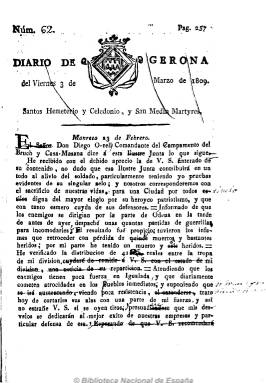
Título: Diario de Gerona
Colección: Periódicos anteriores a 1850
Ámbito geográfico: Gerona
Lugar de publicación: Gerona
Fechas: 03/03/1809-03/03/1809

Comienza a publicarse el 20 de julio de 1808, con motivo del inicio del segundo y definitivo asedio a la ciudad, y cesa el 10 de diciembre de 1809, coincidiendo con su capitulación ante las tropas napoleónicas al mando del mariscal Augereau. Mientras tanto se había convertido en un baluarte informativo dispuesto para reforzar la moral de resistencia de los gerundenses, y en un periódico de referencia por su frecuencia de aparición diaria ininterrumpida para los de otras ciudades españolas.

En números de cuatro páginas, y a veces de ocho, editó algún suplemento. En su cabecera aparece estampado el escudo de la ciudad, y tras el santoral del día, da cabida a textos sobre los avatares bélicos en los que intervienen las tropas imperiales tanto en España como en Europa, exaltando las victorias contra estos ejércitos, a veces con descripciones prolijas y relaciones estadísticas de bajas en los enfrentamientos. Publica artículos, comentarios, cartas, órdenes de la junta de defensa, avisos locales, así como composiciones en verso y extractos de otros periódicos, también de carácter patriótico y militar, abundando las concernientes al sitio de Girona y de L’Ampordà.

Su principal redactor fue el canónigo Vicenç Ximénez, acompañado también de otro canónigo, Martí Matute. Y colaboran Carlos Beramendi y Josep Ribas Simón. Destaca la falta de pie de imprenta, aunque es muy probable que saliera del taller de Vicenç Oliva. Escrito en castellano, su carácter ideológico está resumido en “religión, patria y rey”. En la colección de la Biblioteca Nacional de España sólo existen dos páginas del número 62, correspondiente al 3 de marzo de 1809; pero la colección completa está integrada por 165 números de 1808 y 344 de 1809, que suman un total de 509 números.